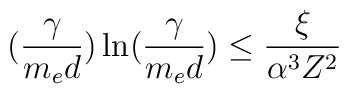
(\frac{\gamma}{m_ed})\ln(\frac{\gamma}{m_ed}) \leq \frac{\xi}{\alpha^3 Z^2}